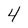
Character: 4